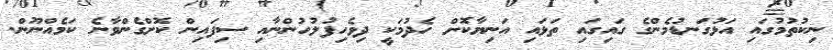
ނިކުތުމުގައި އަޅުގަނޑުމެންގެ ގައިގައި ތަޅައި އަނިޔާކޮށް ހެދުމަކީ ދިވެހިފުލުހުންނާއި ސިފައިން ކޮށްގެންވާނެ ކަމެއްނޫން.